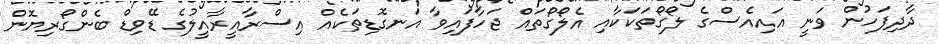
ދާދިފަހުން ވަނީ އައިއެސްގެ ލޯގޯތަކަކާއި އެލޯގޯތައް ޖަހާފައިވާ އަނގޮޑިތަކެއް އިސްރާއީރާއީލުގެ ޑޭވިޑް ބެންގޯރިޔޮން